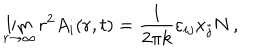
\lim _ { r \to \infty } r ^ { 2 } A _ { i } ( { \bf r } , t ) = { \frac { 1 } { 2 \pi k } } \varepsilon _ { i j } x _ { j } N \, ,